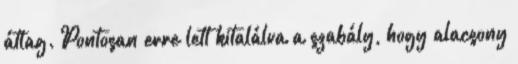
átlag. Pontosan erre lett kitalálva a szabály, hogy alacsony